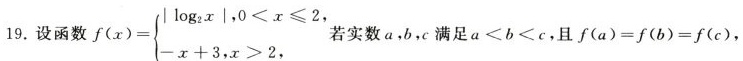
19.设函数 $$f ( x ) = \left\ { \begin{matrix} | \log _ { 2 } x |,0 < x ≤